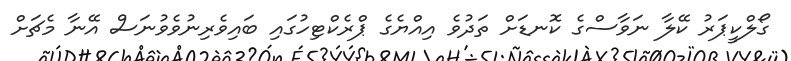
ގޯލްކީޕަރު ކޭލާ ނަވާސްގެ ކޮނޑަށް ތަދުވެ އިއްޔެގެ ޕްރެކްޓިހުގައި ބައިވެރިނުވެވުނަސް އޭނާ މެޗަށް